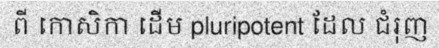
ពី កោសិកា ដើម pluripotent ដែល ជំរុញ